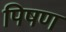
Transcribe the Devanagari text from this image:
पिषण